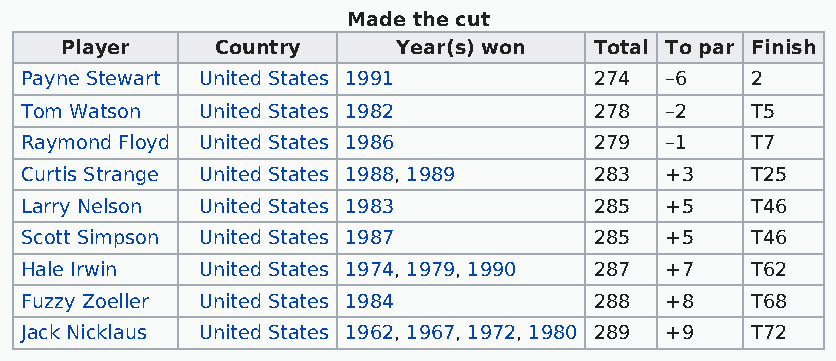
Made the cut
 Player    Country     Year(s) won  Total To par Finish
 Payne Stewart United States 1991      274  –6    2
 Tom Watson  United States 1982        278  –2    T5
 Raymond Floyd United States 1986      279  –1    T7
 Curtis Strange United States 1988, 1989 283 +3   T25
 Larry Nelson United States 1983       285  +5    T46
 Scott Simpson United States 1987      285  +5    T46
 Hale Irwin  United States 1974, 1979, 1990 287 +7 T62
 Fuzzy Zoeller United States 1984      288  +8    T68
 Jack Nicklaus United States 1962, 1967, 1972, 1980 289 +9 T72